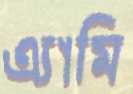
এ্যামি